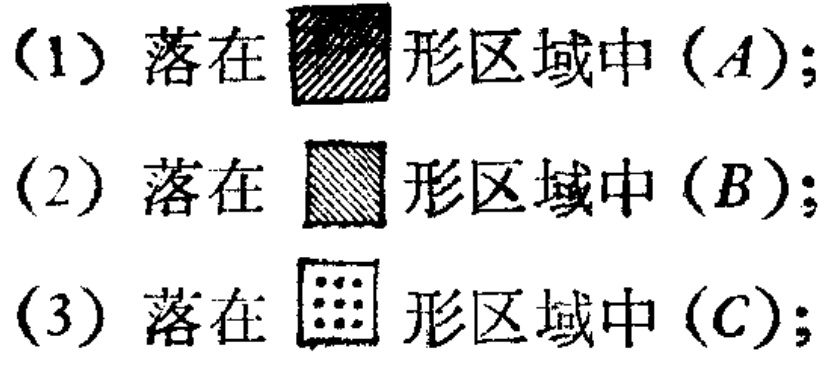
(1) 落在$\boxed{\diagbox{  }{  }}$形区域中 ($A$);

(2) 落在$\boxed{\diagbox{  }{  }}$形区域中 ($B$);

(3) 落在$\boxed{\begin{array}{cccc} \bullet & \bullet & \bullet & \bullet \\ \bullet & \bullet & \bullet & \bullet \end{array}}$形区域中 ($C$);